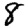
Digit: 8